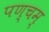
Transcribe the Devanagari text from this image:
पण्चम्